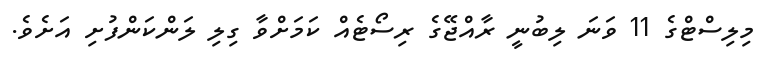
މިލިސްޓްގެ 11 ވަނަ ލިބުނީ ރާއްޖޭގެ ރިސޯޓެއް ކަމަށްވާ ގިލި ލަންކަންފުށި އަށެވެ.